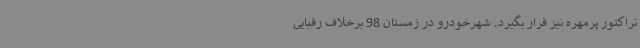
تراکتور پرمهره نیز قرار بگیرد. شهرخودرو در زمستان 98 برخلاف رقبایی